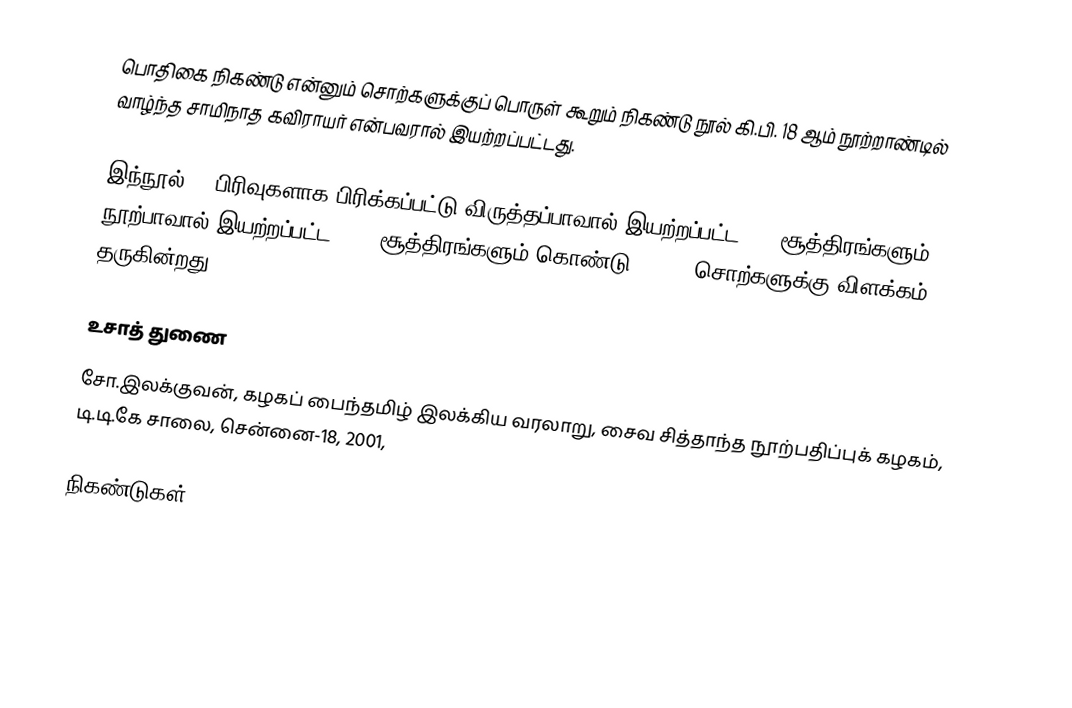
பொதிகை நிகண்டு என்னும் சொற்களுக்குப் பொருள் கூறும் நிகண்டு நூல் கி.பி. 18 ஆம் நூற்றாண்டில் வாழ்ந்த சாமிநாத கவிராயர் என்பவரால் இயற்றப்பட்டது.

இந்நூல் 10 பிரிவுகளாக பிரிக்கப்பட்டு விருத்தப்பாவால் இயற்றப்பட்ட 500 சூத்திரங்களும், நூற்பாவால் இயற்றப்பட்ட 2228 சூத்திரங்களும் கொண்டு 14,500 சொற்களுக்கு விளக்கம் தருகின்றது.

உசாத் துணை
சோ.இலக்குவன், கழகப் பைந்தமிழ் இலக்கிய வரலாறு, சைவ சித்தாந்த நூற்பதிப்புக் கழகம், டி.டி.கே சாலை, சென்னை-18, 2001,

நிகண்டுகள்